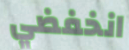
انخفضي